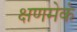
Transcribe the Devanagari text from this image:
क्षणमेकं